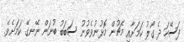
ފަސޭހަ ދެ ގޯލު ކަމަށާއި މެޗުން މޮޅުނުވެވުނު ސަބަބު ބުނަން ނޭނގޭ ކަމަށެވެ.